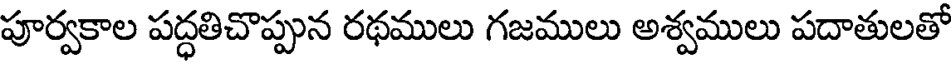
పూర్వకాల పద్ధతిచొప్పున రథములు గజములు అశ్వములు పదాతులతో